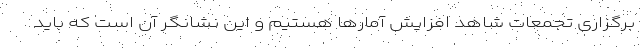
برگزاری تجمعات شاهد افزایش آمارها هستیم و این نشانگر آن است که باید